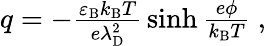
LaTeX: \begin{array}{r}{q=-\frac{\varepsilon_{\mathrm{B}}k_{\mathrm{B}}T}{e\lambda_{\mathrm{D}}^{2}}\, \sinh{\frac{e\phi}{k_{\mathrm{B}}T}}~,}\end{array}